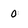
Character: 0